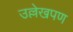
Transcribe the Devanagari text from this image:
उल्लेखपण